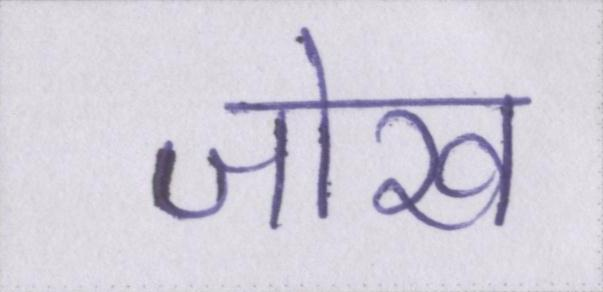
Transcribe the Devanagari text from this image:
जोख